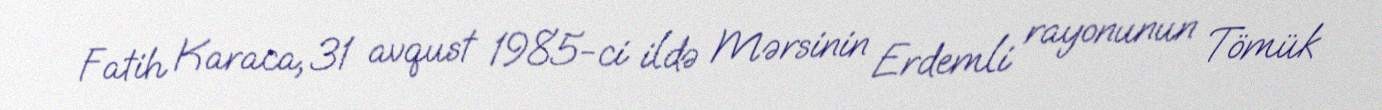
Fatih Karaca, 31 avqust 1985-ci ildə Mərsinin Erdemli rayonunun Tömük